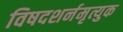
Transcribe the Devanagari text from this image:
विषदशर्नमृत्युक